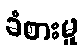
ခံစားမှု